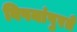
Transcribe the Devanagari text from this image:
विषयांपुरते